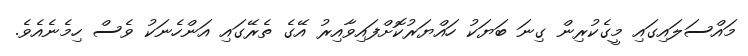
މައްސަލައިގައި މީގެކުރިން ގިނަ ބަޔަކު ހައްޔަރުކޮށްފައިވާއިރު އޭގެ ތެރޭގައި އަންހެނަކު ވެސް ހިމެނެއެވެ.